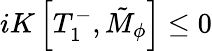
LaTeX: iK\left[T_{1}^{-},\tilde{M}_{\phi}\right]\leq 0